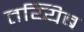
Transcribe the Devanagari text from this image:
तय्यिब